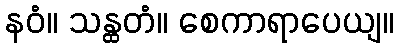
နဝံ။ သန္ထတံ။ စေကာရာပေယျ။